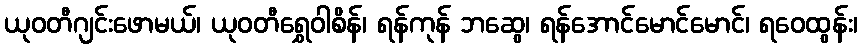
ယုဝတီဂျင်းဖောမယ်၊ ယုဝတီရွှေဝါစိန်၊ ရန်ကုန် ဘဆွေ၊ ရန်အောင်မောင်မောင်၊ ရဝေထွန်း၊